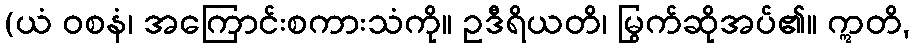
(ယံ ဝစနံ၊ အကြောင်းစကားသံကို။ ဥဒီရိယတိ၊ မြွက်ဆိုအပ်၏။ ဣတိ,